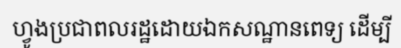
ហ្វូងប្រជាពលរដ្ឋដោយឯកសណ្ឋានពេទ្យ ដើម្បី